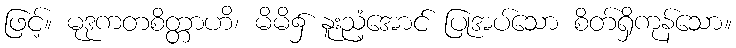
ဖြင့်။ မုဒုကတစိတ္တာဟိ၊ မိမိ၌ နူးညံ့အောင် ပြုအပ်သော စိတ်ရှိကုန်သော။